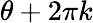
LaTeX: \theta+2\pi k